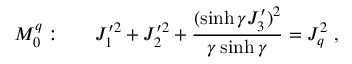
M _ { 0 } ^ { q } : ~ ~ ~ ~ ~ J _ { 1 } ^ { \prime 2 } + J _ { 2 } ^ { \prime 2 } + \displaystyle \frac { ( \sinh \gamma J _ { 3 } ^ { \prime } ) ^ { 2 } } { \gamma \sinh \gamma } = J _ { q } ^ { 2 } ~ ,